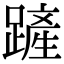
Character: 𨄉